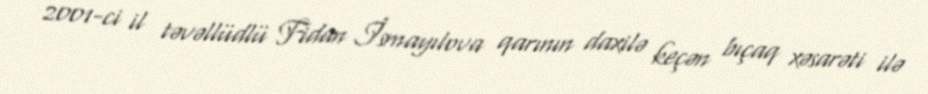
2001-ci il təvəllüdlü Fidan İsmayılova qarının daxilə keçən bıçaq xəsarəti ilə